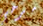
مرحي